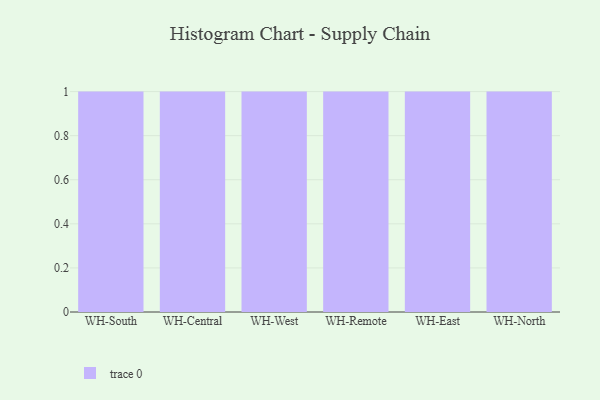
{"axis": {"x": "Warehouse", "y": "Bounce Rate (%)"}, "legend": [""], "data": [{"x": "WH-South", "y": 36, "type": ""}, {"x": "WH-Central", "y": 30, "type": ""}, {"x": "WH-West", "y": 65, "type": ""}, {"x": "WH-Remote", "y": 72, "type": ""}, {"x": "WH-East", "y": 2, "type": ""}, {"x": "WH-North", "y": 69, "type": ""}]}